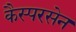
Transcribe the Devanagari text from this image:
कैस्परसेन